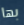
بها